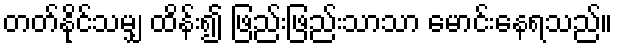
တတ်နိုင်သမျှ ထိန်း၍ ဖြည်းဖြည်းသာသာ မောင်းနေရသည်။